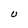
Character: U